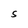
Character: S